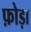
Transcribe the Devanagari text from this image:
फ़ोड़ा